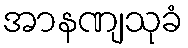
အာနဏျသုခံ